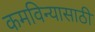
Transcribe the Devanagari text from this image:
कमविन्यासाठी